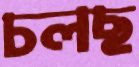
চলছ